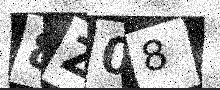
Text: 8Z08